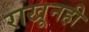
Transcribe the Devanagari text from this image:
राखूनही